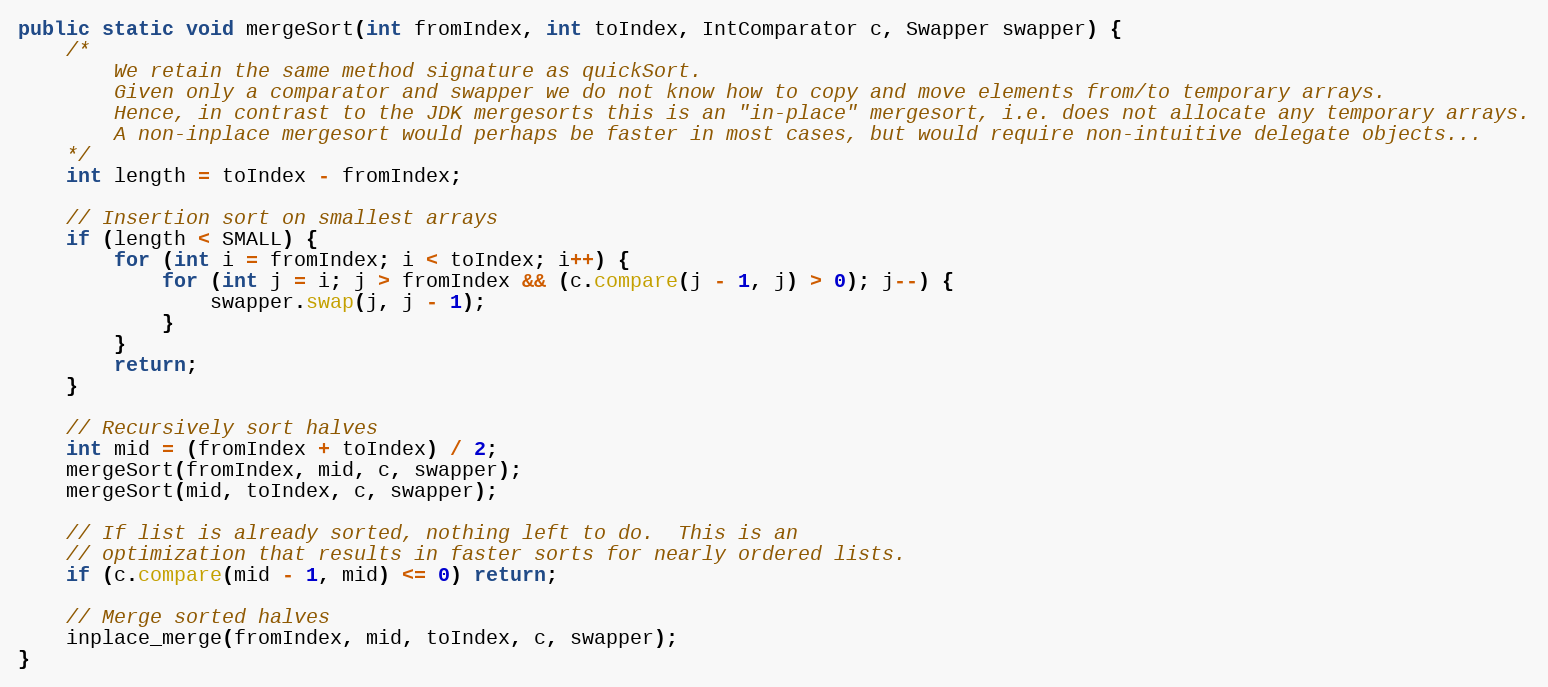
Language: Java
public static void mergeSort(int fromIndex, int toIndex, IntComparator c, Swapper swapper) {
	/*
		We retain the same method signature as quickSort.
		Given only a comparator and swapper we do not know how to copy and move elements from/to temporary arrays.
		Hence, in contrast to the JDK mergesorts this is an "in-place" mergesort, i.e. does not allocate any temporary arrays.
		A non-inplace mergesort would perhaps be faster in most cases, but would require non-intuitive delegate objects...
	*/
	int length = toIndex - fromIndex;

	// Insertion sort on smallest arrays
	if (length < SMALL) {
		for (int i = fromIndex; i < toIndex; i++) {
			for (int j = i; j > fromIndex && (c.compare(j - 1, j) > 0); j--) {
				swapper.swap(j, j - 1);
			}
		}
		return;
	}

	// Recursively sort halves
	int mid = (fromIndex + toIndex) / 2;
	mergeSort(fromIndex, mid, c, swapper);
	mergeSort(mid, toIndex, c, swapper);

	// If list is already sorted, nothing left to do.  This is an
	// optimization that results in faster sorts for nearly ordered lists.
	if (c.compare(mid - 1, mid) <= 0) return;

	// Merge sorted halves
	inplace_merge(fromIndex, mid, toIndex, c, swapper);
}